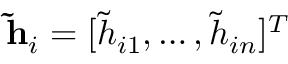
\mathbf { \widetilde { h } } _ { i } = [ \widetilde { h } _ { i 1 } , \dots , \widetilde { h } _ { i n } ] ^ { T }